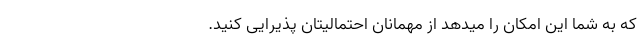
که به شما این امکان را میدهد از مهمانان احتمالیتان پذیرایی کنید.